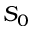
S _ { 0 }